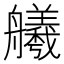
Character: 𫇢